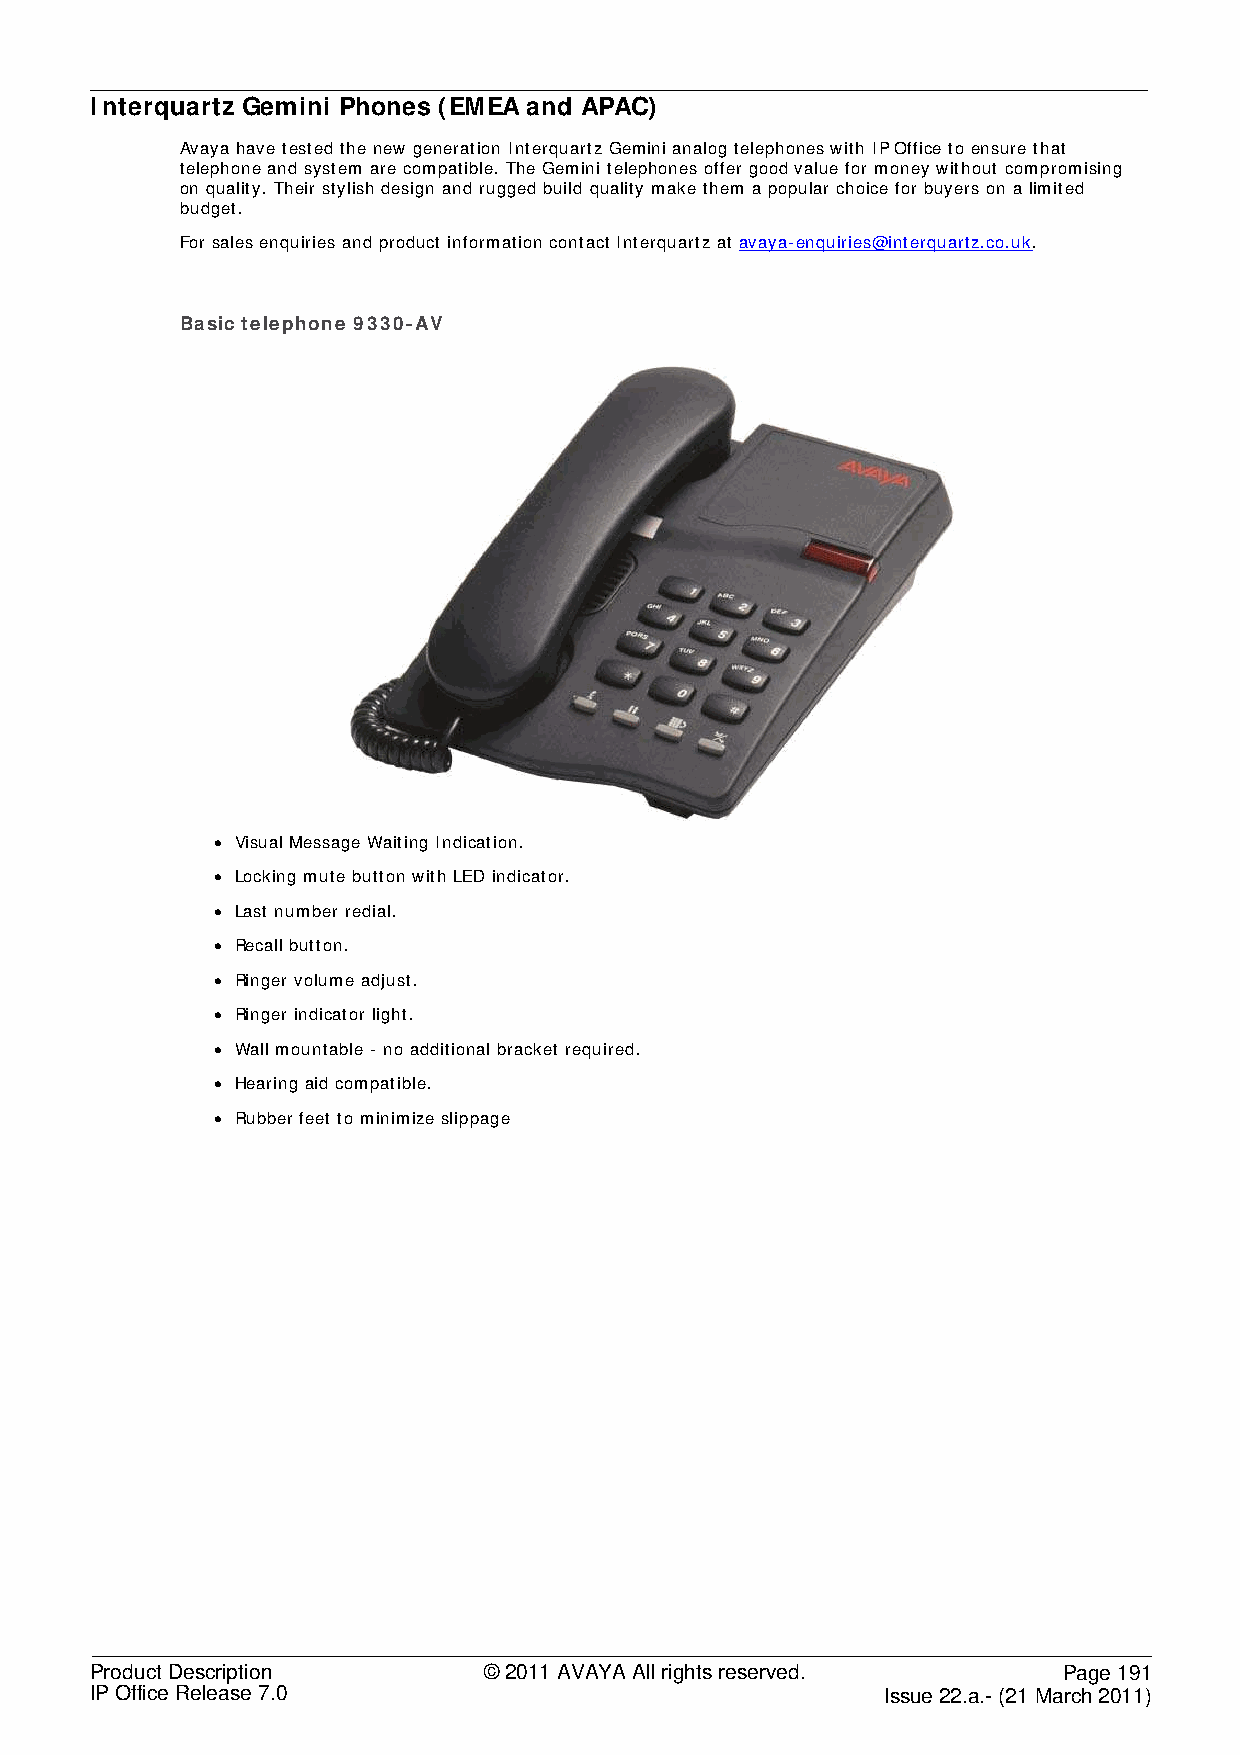
Interquartz Gemini Phones (EMEA and APAC)
 Avaya have tested the new generation Interquartz Gemini analog telephones with IP Office to ensure that
 telephone and system are compatible. The Gemini telephones offer good value for money without compromising
 on quality. Their stylish design and rugged build quality make them a popular choice for buyers on a limited
 budget.
 For sales enquiries and product information contact Interquartz at avaya-enquiries@interquartz.co.uk.
 Basic telephone 9330-AV
 • Visual Message Waiting Indication.
 • Locking mute button with LED indicator.
 • Last number redial.
 • Recall button.
 • Ringer volume adjust.
 • Ringer indicator light.
 • Wall mountable - no additional bracket required.
 • Hearing aid compatible.
 • Rubber feet to minimize slippage
 Product Description       © 2011 AVAYA All rights reserved.     Page 191
 IP Office Release 7.0                                Issue 22.a.- (21 March 2011)